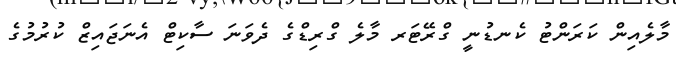
މާލެއިން ކަރަންޓު ކެނޑުނީ ގްރޭޓަރ މާލެ ގްރިޑްގެ ދެެވަނަ ސާކިޓް އެނަޖައިޒް ކުރުމުގެ